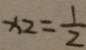
x _ { 2 } = \frac { 1 } { 2 }